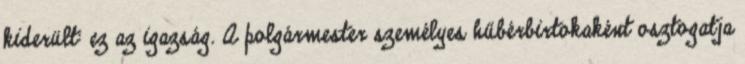
kiderült: ez az igazság. A polgármester személyes hűbérbirtokaként osztogatja